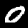
Label: 0